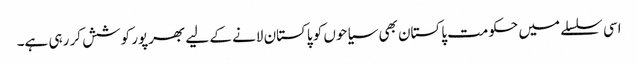
اسی سلسلے میں حکومت پاکستان بھی سیاحوں کو پاکستان لانے کے لیے بھرپور کوشش کر رہی ہے۔